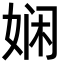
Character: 娴